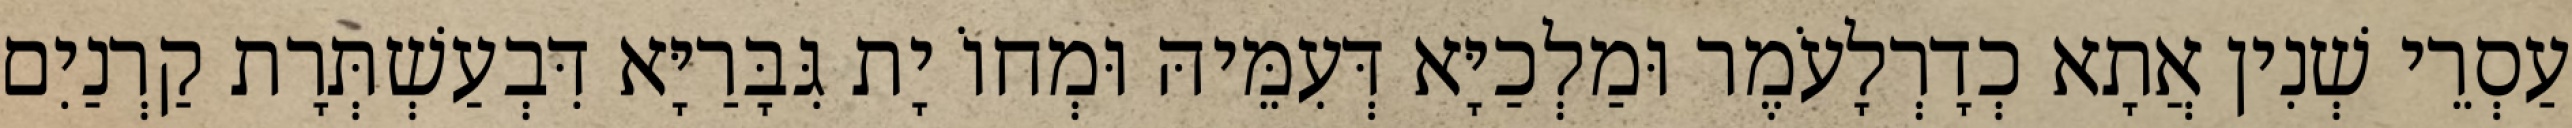
עַסְרֵי שְׁנִין אֲתָא כְדָרְלָעֹמֶר וּמַלְכַיָּא דְּעִמֵּיהּ וּמְחוֹ יָת גִּבָּרַיָּא דִּבְעַשְׁתְּרָת קַרְנַיִם